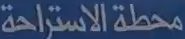
محطة الاستراحة